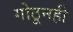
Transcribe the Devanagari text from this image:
गोठूनही